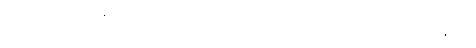
ဘာရဟာရေဟိ၊ ဝန်ကို ဆောင်တတ်ကုန်သော သူတို့သည်။ ဘာရော၊ ဝန်ကို။ ဓီယန္တေဝိယ၊